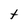
Character: t